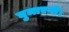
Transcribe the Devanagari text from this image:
घुमाएगी।